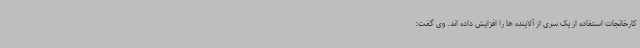
کارخانجات استفاده از یک سری از آلاینده ها را افزایش داده اند. وی گفت: